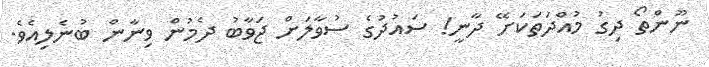
ނޫންތޯ ދިގު މުއްދަތަކަށޭ ދާނީ! ސައުދުގެ ސުވާލަށް ޖަވާބު ދެމުން ވިނާން ބުނެލިއެވެ.